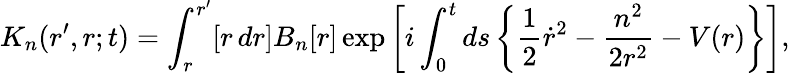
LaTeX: K_{n}(r^{\prime},r;t)=\int_{r}^{r^{\prime}}[r\, dr]B_{n}[r]\exp\left[i\int_{0}^{t}ds\left\{ \frac 12\dot{r}^{2}-\frac{n^{2}}{2r^{2}}-V(r)\right\} \right],